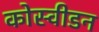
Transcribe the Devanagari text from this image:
कोस्वीडन